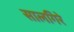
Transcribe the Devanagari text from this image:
सालगिरे